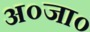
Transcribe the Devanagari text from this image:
अ०जा०